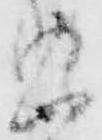
悪